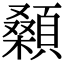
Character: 顙